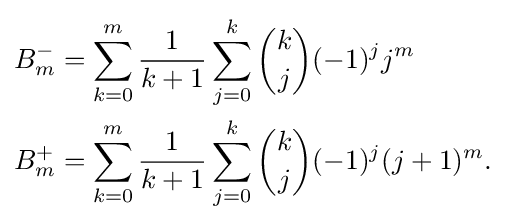
{\begin{aligned}B_{m}^{-}&=\sum _{k=0}^{m}{\frac {1}{k+1}}\sum _{j=0}^{k}{\binom {k}{j}}(-1)^{j}j^{m}\\B_{m}^{+}&=\sum _{k=0}^{m}{\frac {1}{k+1}}\sum _{j=0}^{k}{\binom {k}{j}}(-1)^{j}(j+1)^{m}.\end{aligned}}